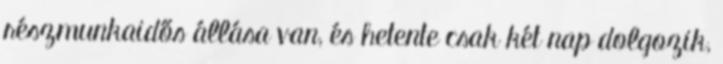
részmunkaidős állása van, és hetente csak két nap dolgozik,